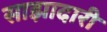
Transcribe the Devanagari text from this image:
साझादारी